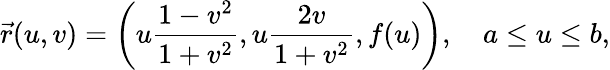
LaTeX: {\vec{r}}(u,v)=\left(u{\frac{1-v^{2}}{1+v^{2}}},u{\frac{2v}{1+v^{2}}},f(u)\right),\quad a\leq u\leq b,